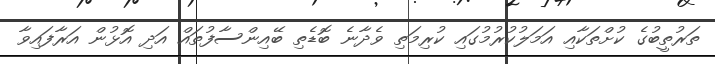
ތަރުތީބުގެ ކުށްތަކާއި އަމަލުކުރުމުގައި ކުރިމަތި ވެދާނެ ބޮޑެތި ބޭއިންސާފުތައް އަދި އޮޅުން އަރާފައިވާ